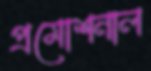
প্রমোশনাল